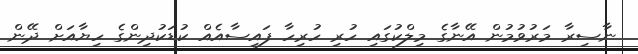
ނާސިރާ މަރުވުމުން އޭނާގެ މިލްކުގައި ހުރި ހުރިހާ ފައިސާއެއް ކުޑަކުދިންގެ ހިޔާއަށް ދޭން